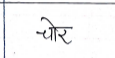
मजकूर: चोर